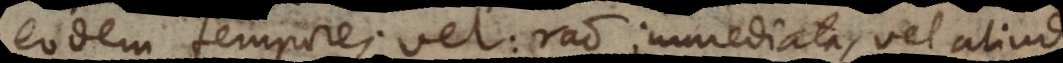
eodem tempore, vel: ratio immediata, vel aliud